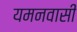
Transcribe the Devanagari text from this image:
यमनवासी